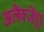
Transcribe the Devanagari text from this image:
अलैक्जेंड्रा